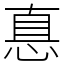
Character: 惪